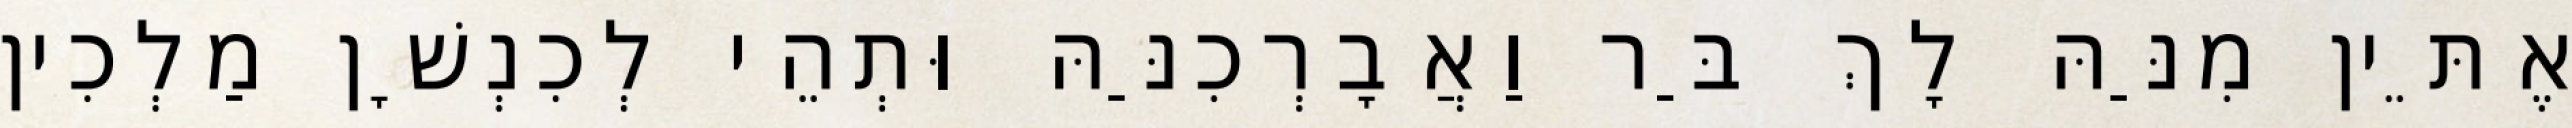
אֶתֵּין מִנַּהּ לָךְ בַּר וַאֲבָרְכִנַּהּ וּתְהֵי לְכִנְשָׁן מַלְכִין